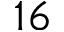
1 6